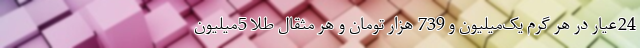
24عیار در هر گرم یک‌میلیون و 739 هزار تومان و هر مثقال طلا 5میلیون